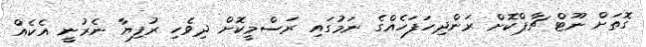
ގޮތަށް ނޫޓް ޗާޕްކޮށް ރަންދިހަފަހެއްގެ ނަމުގައި ރަސްމީކޮށް ދިވެހި ރުފިޔާ ނެރުނީ އެކެއް